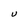
Character: U